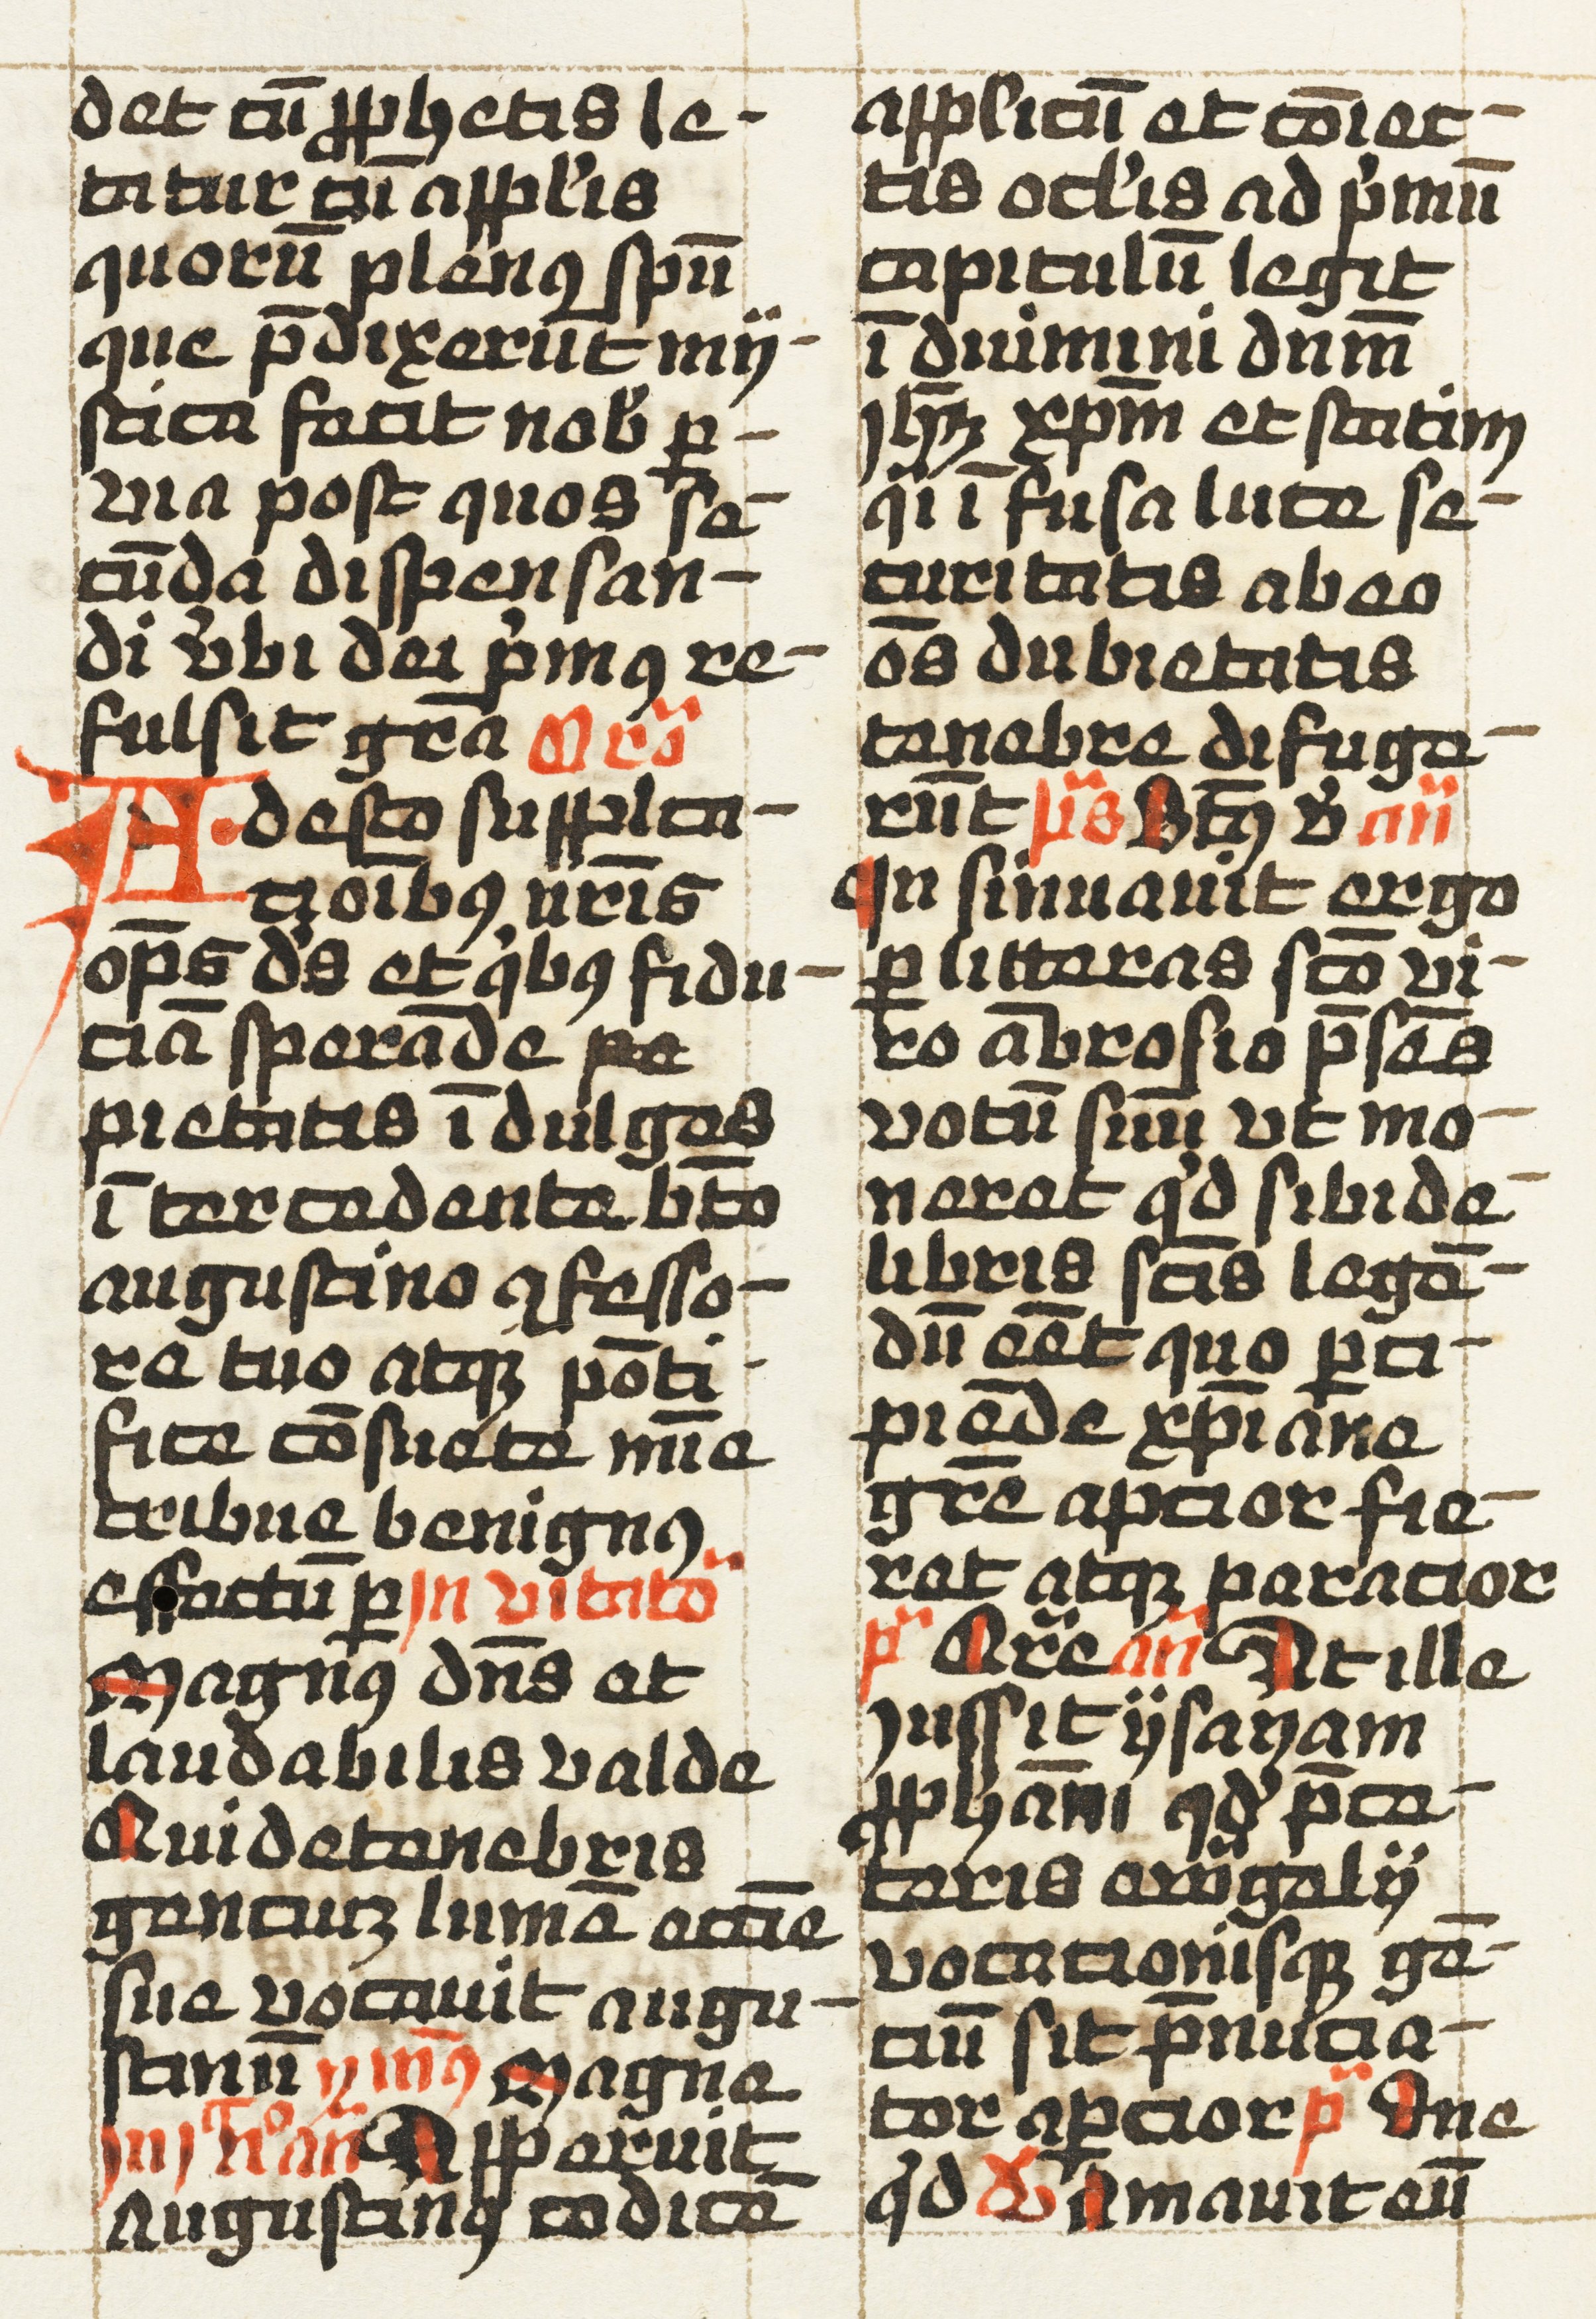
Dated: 1457–1498